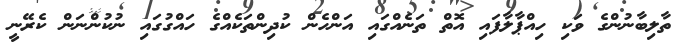
ތާލިބާނުންގެ ވަކި ހިއްޕާލާފައި އޮތް ތަނެއްގައި އަންހެން ކުދިންތަކެއްގެ ހައްގުގައި ނުކުންނަން ކެރޭނީ